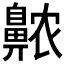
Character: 𱌖